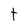
Character: t